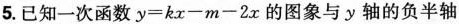
5.已知一次函数$$y=kx-m-2x$$的图象与y轴的负半轴